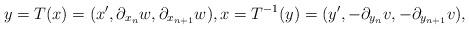
LaTeX: \begin{align*}y=T(x)=(x', \partial_{x_n}w, \partial_{x_{n+1}} w), x=T^{-1}(y)=(y', -\partial_{y_n}v, -\partial_{y_{n+1}}v),\end{align*}